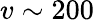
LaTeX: v\sim 200